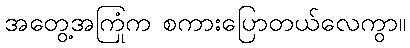
အတွေ့အကြုံက စကားပြောတယ်လေကွာ။